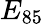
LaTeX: E_{85}